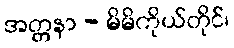
အတ္တနာ - မိမိကိုယ်တိုင်၊